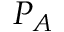
P _ { A }